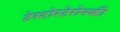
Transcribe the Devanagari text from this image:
टेस्टोस्टेरोनकी